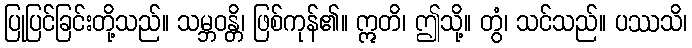
ပြုပြင်ခြင်းတို့သည်။ သမ္ဘဝန္တိ၊ ဖြစ်ကုန်၏။ ဣတိ၊ ဤသို့။ တွံ၊ သင်သည်။ ပဿသိ၊